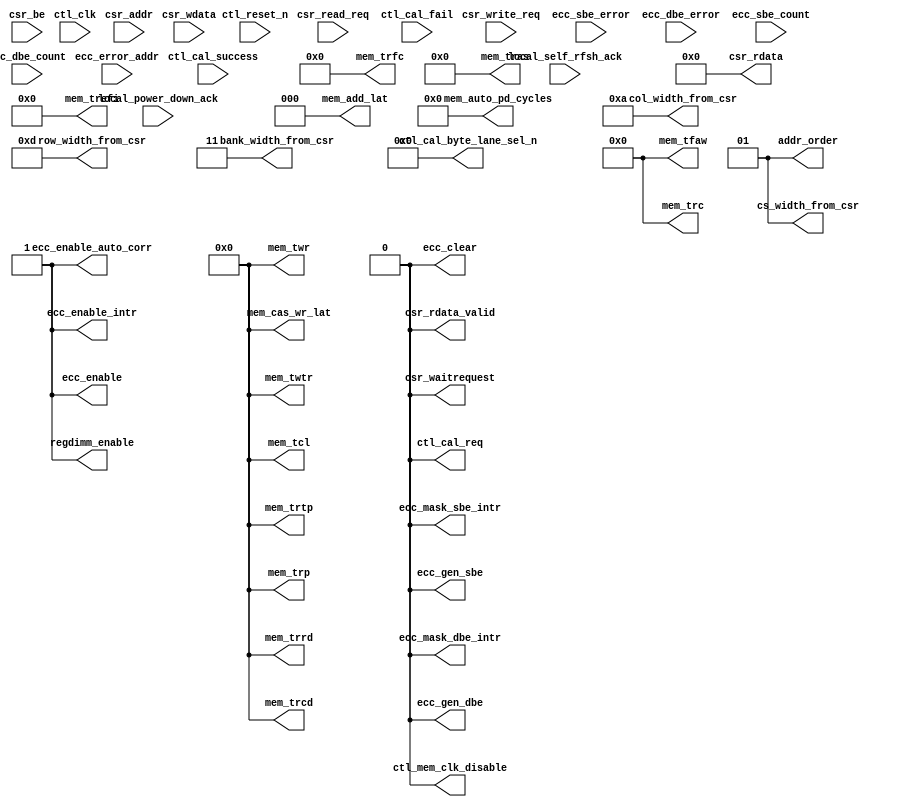
module alt_ddrx_csr #
    ( parameter
        DWIDTH_RATIO                = 2,
        CTL_CSR_ENABLED             = 0,
        CTL_ECC_CSR_ENABLED         = 0,
        CTL_CSR_READ_ONLY           = 0,
        CTL_ECC_CSR_READ_ONLY       = 0,
        CSR_ADDR_WIDTH              = 8,
        CSR_DATA_WIDTH              = 32,
        
        MEM_IF_CLK_PAIR_COUNT       = 1,
        MEM_IF_DQS_WIDTH            = 72,
        
        MEM_IF_CS_WIDTH             = 2,
        MEM_IF_CHIP_BITS            = 1,
        MEM_IF_ROW_WIDTH            = 13,      // max supported row bits
        MEM_IF_COL_WIDTH            = 10,      // max supported column bits
        MEM_IF_BA_WIDTH             = 3,       // max supported bank bits
        
        CTL_ECC_ENABLED             = 1,
        CTL_ECC_RMW_ENABLED         = 1,
        CTL_REGDIMM_ENABLED         = 0,
        
        // timing parameter width
        CAS_WR_LAT_BUS_WIDTH        = 4,       // max will be 8 in DDR3
        ADD_LAT_BUS_WIDTH           = 3,       // max will be 6 in DDR2
        TCL_BUS_WIDTH               = 4,       // max will be 11 in DDR3
        TRRD_BUS_WIDTH              = 4,       // 2 - 8
        TFAW_BUS_WIDTH              = 6,       // 6 - 32
        TRFC_BUS_WIDTH              = 8,       // 12 - 140?
        TREFI_BUS_WIDTH             = 13,      // 780 - 6240
        TRCD_BUS_WIDTH              = 4,       // 2 - 11
        TRP_BUS_WIDTH               = 4,       // 2 - 11
        TWR_BUS_WIDTH               = 4,       // 2 - 12
        TWTR_BUS_WIDTH              = 4,       // 1 - 10
        TRTP_BUS_WIDTH              = 4,       // 2 - 8
        TRAS_BUS_WIDTH              = 5,       // 4 - 29
        TRC_BUS_WIDTH               = 6,       // 8 - 40
        AUTO_PD_BUS_WIDTH           = 16,      // same as CSR interface
        
        // timing parameter
        MEM_CAS_WR_LAT              = 0,        // these timing parameter must be set properly for controller to work
        MEM_ADD_LAT                 = 0,        // these timing parameter must be set properly for controller to work
        MEM_TCL                     = 0,        // these timing parameter must be set properly for controller to work
        MEM_TRRD                    = 0,        // these timing parameter must be set properly for controller to work
        MEM_TFAW                    = 0,        // these timing parameter must be set properly for controller to work
        MEM_TRFC                    = 0,        // these timing parameter must be set properly for controller to work
        MEM_TREFI                   = 0,        // these timing parameter must be set properly for controller to work
        MEM_TRCD                    = 0,        // these timing parameter must be set properly for controller to work
        MEM_TRP                     = 0,        // these timing parameter must be set properly for controller to work
        MEM_TWR                     = 0,        // these timing parameter must be set properly for controller to work
        MEM_TWTR                    = 0,        // these timing parameter must be set properly for controller to work
        MEM_TRTP                    = 0,        // these timing parameter must be set properly for controller to work
        MEM_TRAS                    = 0,        // these timing parameter must be set properly for controller to work
        MEM_TRC                     = 0,        // these timing parameter must be set properly for controller to work
        MEM_AUTO_PD_CYCLES          = 0,        // these timing parameter must be set properly for controller to work
        
        // parameters used by input interface
        ADDR_ORDER                  = 1,        // normally we will use '1' for chip, bank, row, column arrangement
        MEM_IF_CSR_COL_WIDTH        = 4,
        MEM_IF_CSR_ROW_WIDTH        = 5,
        MEM_IF_CSR_BANK_WIDTH       = 2,
        MEM_IF_CSR_CS_WIDTH         = 2
    )
    (
        ctl_clk,
        ctl_reset_n,
        
        // csr interface (Avalon)
        csr_addr,
        csr_be,
        csr_write_req,
        csr_wdata,
        csr_read_req,
        csr_rdata,
        csr_rdata_valid,
        csr_waitrequest,
        
        // input from PHY
        ctl_cal_success,
        ctl_cal_fail,
        
        // input from state machine
        local_power_down_ack,
        local_self_rfsh_ack,
        
        // input from ecc
        ecc_sbe_error,
        ecc_dbe_error,
        ecc_sbe_count,
        ecc_dbe_count,
        ecc_error_addr,
        
        // output to PHY
        ctl_cal_req,
        ctl_mem_clk_disable,
        ctl_cal_byte_lane_sel_n,
        
        // output to timer
        mem_cas_wr_lat,
        mem_add_lat,
        mem_tcl,
        mem_trrd,
        mem_tfaw,
        mem_trfc,
        mem_trefi,
        mem_trcd,
        mem_trp,
        mem_twr,
        mem_twtr,
        mem_trtp,
        mem_tras,
        mem_trc,
        mem_auto_pd_cycles,
        
        // output to input interface
        addr_order,
        col_width_from_csr,
        row_width_from_csr,
        bank_width_from_csr,
        cs_width_from_csr,
        
        // output to ecc
        ecc_enable,
        ecc_enable_auto_corr,
        ecc_gen_sbe,
        ecc_gen_dbe,
        ecc_enable_intr,
        ecc_mask_sbe_intr,
        ecc_mask_dbe_intr,
        ecc_clear,

        // output to others
        regdimm_enable
    );

input ctl_clk;
input ctl_reset_n;

input csr_write_req;
input csr_read_req;
input [CSR_ADDR_WIDTH - 1       : 0] csr_addr;
input [CSR_DATA_WIDTH - 1       : 0] csr_wdata;
input [(CSR_DATA_WIDTH / 8) - 1 : 0] csr_be;

output csr_waitrequest;
output csr_rdata_valid;
output [CSR_DATA_WIDTH - 1 : 0] csr_rdata;

// input from AFI
input ctl_cal_success;
input ctl_cal_fail;

// input from state machine
input local_power_down_ack;
input local_self_rfsh_ack;

// input from ecc
input           ecc_sbe_error;
input           ecc_dbe_error;
input  [7  : 0] ecc_sbe_count;
input  [7  : 0] ecc_dbe_count;
input  [31 : 0] ecc_error_addr;

// output to PHY
output                                              ctl_cal_req;
output [MEM_IF_CLK_PAIR_COUNT              - 1 : 0] ctl_mem_clk_disable;
output [MEM_IF_DQS_WIDTH * MEM_IF_CS_WIDTH - 1 : 0] ctl_cal_byte_lane_sel_n;

// output to timer
output [CAS_WR_LAT_BUS_WIDTH - 1 : 0] mem_cas_wr_lat;
output [ADD_LAT_BUS_WIDTH    - 1 : 0] mem_add_lat;
output [TCL_BUS_WIDTH        - 1 : 0] mem_tcl;
output [TRRD_BUS_WIDTH       - 1 : 0] mem_trrd;
output [TFAW_BUS_WIDTH       - 1 : 0] mem_tfaw;
output [TRFC_BUS_WIDTH       - 1 : 0] mem_trfc;
output [TREFI_BUS_WIDTH      - 1 : 0] mem_trefi;
output [TRCD_BUS_WIDTH       - 1 : 0] mem_trcd;
output [TRP_BUS_WIDTH        - 1 : 0] mem_trp;
output [TWR_BUS_WIDTH        - 1 : 0] mem_twr;
output [TWTR_BUS_WIDTH       - 1 : 0] mem_twtr;
output [TRTP_BUS_WIDTH       - 1 : 0] mem_trtp;
output [TRAS_BUS_WIDTH       - 1 : 0] mem_tras;
output [TRC_BUS_WIDTH        - 1 : 0] mem_trc;
output [AUTO_PD_BUS_WIDTH    - 1 : 0] mem_auto_pd_cycles;

// output to input interface
output [1 : 0]                         addr_order;
output [MEM_IF_CSR_COL_WIDTH  - 1 : 0] col_width_from_csr;
output [MEM_IF_CSR_ROW_WIDTH  - 1 : 0] row_width_from_csr;
output [MEM_IF_CSR_BANK_WIDTH - 1 : 0] bank_width_from_csr;
output [MEM_IF_CSR_CS_WIDTH   - 1 : 0] cs_width_from_csr;

//output to ecc
output ecc_enable;
output ecc_enable_auto_corr;
output ecc_gen_sbe;
output ecc_gen_dbe;
output ecc_enable_intr;
output ecc_mask_sbe_intr;
output ecc_mask_dbe_intr;
output ecc_clear;

output regdimm_enable;

wire csr_waitrequest;
wire csr_rdata_valid;
wire [CSR_DATA_WIDTH - 1 : 0] csr_rdata;

reg int_write_req;
reg int_read_req;
reg int_rdata_valid;
reg [8              - 1       : 0] int_addr; // hard-coded to only 8 bits
reg [CSR_DATA_WIDTH - 1       : 0] int_wdata;
reg [CSR_DATA_WIDTH - 1       : 0] int_rdata;
reg [(CSR_DATA_WIDTH / 8) - 1 : 0] int_be;

reg int_mask_ecc_csr_write_req;

// output to PHY
wire                                              ctl_cal_req;
wire [MEM_IF_CLK_PAIR_COUNT              - 1 : 0] ctl_mem_clk_disable;
wire [MEM_IF_DQS_WIDTH * MEM_IF_CS_WIDTH - 1 : 0] ctl_cal_byte_lane_sel_n;

// output to timer
wire [CAS_WR_LAT_BUS_WIDTH - 1 : 0] mem_cas_wr_lat;
wire [ADD_LAT_BUS_WIDTH    - 1 : 0] mem_add_lat;
wire [TCL_BUS_WIDTH        - 1 : 0] mem_tcl;
wire [TRRD_BUS_WIDTH       - 1 : 0] mem_trrd;
wire [TFAW_BUS_WIDTH       - 1 : 0] mem_tfaw;
wire [TRFC_BUS_WIDTH       - 1 : 0] mem_trfc;
wire [TREFI_BUS_WIDTH      - 1 : 0] mem_trefi;
wire [TRCD_BUS_WIDTH       - 1 : 0] mem_trcd;
wire [TRP_BUS_WIDTH        - 1 : 0] mem_trp;
wire [TWR_BUS_WIDTH        - 1 : 0] mem_twr;
wire [TWTR_BUS_WIDTH       - 1 : 0] mem_twtr;
wire [TRTP_BUS_WIDTH       - 1 : 0] mem_trtp;
wire [TRAS_BUS_WIDTH       - 1 : 0] mem_tras;
wire [TRC_BUS_WIDTH        - 1 : 0] mem_trc;
wire [AUTO_PD_BUS_WIDTH    - 1 : 0] mem_auto_pd_cycles;

// output to input interface
wire [1 : 0]                         addr_order;
wire [MEM_IF_CSR_COL_WIDTH  - 1 : 0] col_width_from_csr;
wire [MEM_IF_CSR_ROW_WIDTH  - 1 : 0] row_width_from_csr;
wire [MEM_IF_CSR_BANK_WIDTH - 1 : 0] bank_width_from_csr;
wire [MEM_IF_CSR_CS_WIDTH   - 1 : 0] cs_width_from_csr;

//output to ecc
wire ecc_enable;
wire ecc_enable_auto_corr;
wire ecc_gen_sbe;
wire ecc_gen_dbe;
wire ecc_enable_intr;
wire ecc_mask_sbe_intr;
wire ecc_mask_dbe_intr;
wire ecc_clear;

// output to others
wire regdimm_enable;

// CSR read registers
reg [CSR_DATA_WIDTH - 1 : 0] read_csr_register_100;

reg [CSR_DATA_WIDTH - 1 : 0] read_csr_register_110;

reg [CSR_DATA_WIDTH - 1 : 0] read_csr_register_120;
reg [CSR_DATA_WIDTH - 1 : 0] read_csr_register_121;
reg [CSR_DATA_WIDTH - 1 : 0] read_csr_register_122;
reg [CSR_DATA_WIDTH - 1 : 0] read_csr_register_123;
reg [CSR_DATA_WIDTH - 1 : 0] read_csr_register_124;
reg [CSR_DATA_WIDTH - 1 : 0] read_csr_register_125;
reg [CSR_DATA_WIDTH - 1 : 0] read_csr_register_126;

reg [CSR_DATA_WIDTH - 1 : 0] read_csr_register_130;
reg [CSR_DATA_WIDTH - 1 : 0] read_csr_register_131;
reg [CSR_DATA_WIDTH - 1 : 0] read_csr_register_132;

/*------------------------------------------------------------------------------

   CSR Interface

------------------------------------------------------------------------------*/
// Assign waitrequest signal to '0'
assign csr_waitrequest = 1'b0;

generate
    if (!CTL_CSR_ENABLED && !CTL_ECC_CSR_ENABLED)
    begin
        // when both csr and ecc csr is disabled
        assign csr_rdata       = 0;
        assign csr_rdata_valid = 0;
    end
    else
    begin
        // register all inputs
        always @ (posedge ctl_clk or negedge ctl_reset_n)
        begin
            if (!ctl_reset_n)
            begin
                int_write_req <= 0;
                int_read_req  <= 0;
                int_addr      <= 0;
                int_wdata     <= 0;
                int_be        <= 0;
            end
            else
            begin
                int_addr  <= csr_addr [7 : 0]; // we only need the bottom 8 bits
                int_wdata <= csr_wdata;
                int_be    <= csr_be;
                
                if (csr_write_req)
                    int_write_req <= 1'b1;
                else
                    int_write_req <= 1'b0;
                
                if (csr_read_req)
                    int_read_req <= 1'b1;
                else
                    int_read_req <= 1'b0;
            end
        end
        
        // Write request mask
        always @ (posedge ctl_clk or negedge ctl_reset_n)
        begin
            if (!ctl_reset_n)
            begin
                int_mask_ecc_csr_write_req <= 1'b0;
            end
            else
            begin
                if (CTL_ECC_CSR_READ_ONLY)
                begin
                    int_mask_ecc_csr_write_req <= 1'b1;
                end
                else
                begin
                    int_mask_ecc_csr_write_req <= 1'b0;
                end
            end
        end
        
        /*------------------------------------------------------------------------------
        
           Read Interface
        
        ------------------------------------------------------------------------------*/
        assign csr_rdata       = int_rdata;
        assign csr_rdata_valid = int_rdata_valid;
        
        always @ (posedge ctl_clk or negedge ctl_reset_n)
        begin
            if (!ctl_reset_n)
            begin
                int_rdata       <= 0;
                int_rdata_valid <= 0;
            end
            else
            begin
                if (int_read_req)
                begin
                    if (int_addr == 8'h00)
                        int_rdata <= read_csr_register_100;
                    else if (int_addr == 8'h10)
                        int_rdata <= read_csr_register_110;
                    else if (int_addr == 8'h20)
                        int_rdata <= read_csr_register_120;
                    else if (int_addr == 8'h21)
                        int_rdata <= read_csr_register_121;
                    else if (int_addr == 8'h22)
                        int_rdata <= read_csr_register_122;
                    else if (int_addr == 8'h23)
                        int_rdata <= read_csr_register_123;
                    else if (int_addr == 8'h24)
                        int_rdata <= read_csr_register_124;
                    else if (int_addr == 8'h25)
                        int_rdata <= read_csr_register_125;
                    else if (int_addr == 8'h26)
                        int_rdata <= read_csr_register_126;
                    else if (int_addr == 8'h30)
                        int_rdata <= read_csr_register_130;
                    else if (int_addr == 8'h31)
                        int_rdata <= read_csr_register_131;
                    else if (int_addr == 8'h32)
                        int_rdata <= read_csr_register_132;
                end
                
                if (int_read_req)
                    int_rdata_valid <= 1'b1;
                else
                    int_rdata_valid <= 1'b0;
            end
        end
    end
endgenerate

/*------------------------------------------------------------------------------

   CSR Registers

------------------------------------------------------------------------------*/
generate
    genvar i;
    if (!CTL_CSR_ENABLED) // when csr is disabled
    begin
        // assigning values to the top
        assign mem_cas_wr_lat          = MEM_CAS_WR_LAT;
        assign mem_add_lat             = MEM_ADD_LAT;
        assign mem_tcl                 = MEM_TCL;
        assign mem_trrd                = MEM_TRRD;
        assign mem_tfaw                = MEM_TFAW;
        assign mem_trfc                = MEM_TRFC;
        assign mem_trefi               = MEM_TREFI;
        assign mem_trcd                = MEM_TRCD;
        assign mem_trp                 = MEM_TRP;
        assign mem_twr                 = MEM_TWR;
        assign mem_twtr                = MEM_TWTR;
        assign mem_trtp                = MEM_TRTP;
        assign mem_tras                = MEM_TRAS;
        assign mem_trc                 = MEM_TRC;
        assign mem_auto_pd_cycles      = MEM_AUTO_PD_CYCLES;
        
        assign addr_order              = ADDR_ORDER;
        assign cs_width_from_csr       = MEM_IF_CS_WIDTH > 1 ? MEM_IF_CHIP_BITS : 0;
        assign bank_width_from_csr     = MEM_IF_BA_WIDTH;
        assign row_width_from_csr      = MEM_IF_ROW_WIDTH;
        assign col_width_from_csr      = MEM_IF_COL_WIDTH;
        
        assign ctl_cal_req             = 0;
        assign ctl_mem_clk_disable     = 0;
        assign ctl_cal_byte_lane_sel_n = 0;
        
        assign regdimm_enable          = 1'b1; // udimm or rdimm determined by parameter CTL_REGDIMM_ENABLED
        
        always @ (*)
        begin
            read_csr_register_100 = 0;
            read_csr_register_110 = 0;
            read_csr_register_120 = 0;
            read_csr_register_121 = 0;
            read_csr_register_122 = 0;
            read_csr_register_123 = 0;
            read_csr_register_124 = 0;
            read_csr_register_125 = 0;
            read_csr_register_126 = 0;
        end
    end
    else
    begin
        /*------------------------------------------------------------------------------
        
           0x100 ALTMEPHY Status and Control Register
        
        ------------------------------------------------------------------------------*/
        reg         csr_cal_success;
        reg         csr_cal_fail;
        reg         csr_cal_req;
        reg [5 : 0] csr_clock_off;
        
        // assign value back to top
        assign ctl_cal_req         = csr_cal_req;
        assign ctl_mem_clk_disable = csr_clock_off [MEM_IF_CLK_PAIR_COUNT - 1 : 0];
        
        // register arrays to store CSR informations
        always @ (posedge ctl_clk or negedge ctl_reset_n)
        begin
            if (!ctl_reset_n)
            begin
                csr_cal_req     <= 0;
                csr_clock_off   <= 0;
            end
            else
            begin
                // write request
                if (int_write_req && int_addr == 8'h00)
                begin
                    if (int_be [0])
                    begin
                        csr_cal_req   <= int_wdata [2]     ;
                    end
                    
                    if (int_be [1])
                    begin
                        csr_clock_off <= int_wdata [13 : 8];
                    end
                end
            end
        end
        
        // read only registers
        always @ (posedge ctl_clk or negedge ctl_reset_n)
        begin
            if (!ctl_reset_n)
            begin
                csr_cal_success <= 0;
                csr_cal_fail    <= 0;
            end
            else
            begin
                csr_cal_success <= ctl_cal_success;
                csr_cal_fail    <= ctl_cal_fail;
            end
        end
        
        // assigning read datas back to 32 bit bus
        always @ (*)
        begin
            // first, set all to zeros
            read_csr_register_100 = 0;
            
            // then we set individual bits
            read_csr_register_100 [0]      = csr_cal_success;
            read_csr_register_100 [1]      = csr_cal_fail;
            read_csr_register_100 [2]      = csr_cal_req;
            read_csr_register_100 [13 : 8] = csr_clock_off;
        end
        
        /*------------------------------------------------------------------------------
        
           0x110 Controller Status and Control Register
        
        ------------------------------------------------------------------------------*/
        reg [15 : 0] csr_auto_pd_cycles;
        reg          csr_auto_pd_ack;
        reg          csr_self_rfsh;    // yyong: remember to handle this
        reg          csr_self_rfsh_ack;
        reg          csr_ganged_arf;   // yyong: remember to handle this
        reg [1  : 0] csr_addr_order;
        reg          csr_reg_dimm;     // yyong: remember to handle this
        
        reg int_mask_csr_write_req;
        
        // assign value back to top
        assign mem_auto_pd_cycles = csr_auto_pd_cycles;
        assign addr_order         = csr_addr_order;
        assign regdimm_enable     = csr_reg_dimm;
        
        // Write request mask
        always @ (posedge ctl_clk or negedge ctl_reset_n)
        begin
            if (!ctl_reset_n)
            begin
                int_mask_csr_write_req     <= 1'b0;
            end
            else
            begin
                if (CTL_CSR_READ_ONLY)
                begin
                    int_mask_csr_write_req <= 1'b1;
                end
                else
                begin
                    int_mask_csr_write_req <= 1'b0;
                end
            end
        end
        
        // register arrays to store CSR informations
        always @ (posedge ctl_clk or negedge ctl_reset_n)
        begin
            if (!ctl_reset_n)
            begin
                csr_auto_pd_cycles <= MEM_AUTO_PD_CYCLES;  // reset to default value
                csr_self_rfsh      <= 0;
                csr_ganged_arf     <= 0;
                csr_addr_order     <= ADDR_ORDER;          // reset to default value
                csr_reg_dimm       <= CTL_REGDIMM_ENABLED; // reset to default value
            end
            else
            begin
                // write request
                if (!int_mask_csr_write_req && int_write_req && int_addr == 8'h10)
                begin
                    if (int_be [0])
                    begin
                        csr_auto_pd_cycles [ 7 :  0] <= int_wdata [ 7 :  0];
                    end
                    
                    if (int_be [1])
                    begin
                        csr_auto_pd_cycles [15 :  8] <= int_wdata [15 :  8];
                    end
                    
                    if (int_be [2])
                    begin
                        csr_self_rfsh      <= int_wdata [17]     ;
                        csr_ganged_arf     <= int_wdata [19]     ;
                        csr_addr_order     <= int_wdata [21 : 20];
                        csr_reg_dimm       <= int_wdata [22]     ;
                    end
                end
            end
        end
        
        // read only registers
        always @ (posedge ctl_clk or negedge ctl_reset_n)
        begin
            if (!ctl_reset_n)
            begin
                csr_auto_pd_ack   <= 0;
                csr_self_rfsh_ack <= 0;
            end
            else
            begin
                csr_auto_pd_ack   <= local_power_down_ack;
                csr_self_rfsh_ack <= local_self_rfsh_ack;
            end
        end
        
        // assigning read datas back to 32 bit bus
        always @ (*)
        begin
            // first, set all to zeros
            read_csr_register_110 = 0;
            
            // then we set individual bits
            read_csr_register_110 [15 : 0 ] = csr_auto_pd_cycles;
            read_csr_register_110 [16]      = csr_auto_pd_ack;
            read_csr_register_110 [17]      = csr_self_rfsh;
            read_csr_register_110 [18]      = csr_self_rfsh_ack;
            read_csr_register_110 [19]      = csr_ganged_arf;
            read_csr_register_110 [21 : 20] = csr_addr_order;
            read_csr_register_110 [22]      = csr_reg_dimm;
        end
        
        /*------------------------------------------------------------------------------
        
           0x120 Memory Address Sizes 0
        
        ------------------------------------------------------------------------------*/
        reg [7 : 0] csr_col_width;
        reg [7 : 0] csr_row_width;
        reg [3 : 0] csr_bank_width;
        reg [3 : 0] csr_chip_width;
        
        // assign value back to top
        assign cs_width_from_csr    = csr_chip_width [MEM_IF_CSR_CS_WIDTH   - 1 : 0];
        assign bank_width_from_csr  = csr_bank_width [MEM_IF_CSR_BANK_WIDTH - 1 : 0];
        assign row_width_from_csr   = csr_row_width  [MEM_IF_CSR_ROW_WIDTH  - 1 : 0];
        assign col_width_from_csr   = csr_col_width  [MEM_IF_CSR_COL_WIDTH  - 1 : 0];
        
        // register arrays to store CSR informations
        always @ (posedge ctl_clk or negedge ctl_reset_n)
        begin
            if (!ctl_reset_n)
            begin
                csr_col_width  <= MEM_IF_COL_WIDTH;                           // reset to default value
                csr_row_width  <= MEM_IF_ROW_WIDTH;                           // reset to default value
                csr_bank_width <= MEM_IF_BA_WIDTH;                            // reset to default value
                csr_chip_width <= MEM_IF_CS_WIDTH > 1 ? MEM_IF_CHIP_BITS : 0; // reset to default value
            end
            else
            begin
                // write request
                if (!int_mask_csr_write_req && int_write_req && int_addr == 8'h20)
                begin
                    if (int_be [0])
                    begin
                        if (int_wdata [7 : 0] <= MEM_IF_COL_WIDTH)
                        begin
                            csr_col_width  <= int_wdata [7  : 0 ];
                        end
                    end
                    
                    if (int_be [1])
                    begin
                        if (int_wdata [15 : 8] <= MEM_IF_ROW_WIDTH)
                        begin
                            csr_row_width  <= int_wdata [15 : 8 ];
                        end
                    end
                    
                    if (int_be [2])
                    begin
                        if (int_wdata [19 : 16] <= MEM_IF_BA_WIDTH)
                        begin
                            csr_bank_width <= int_wdata [19 : 16];
                        end
                        
                        if (int_wdata [23 : 20] <= (MEM_IF_CS_WIDTH > 1 ? MEM_IF_CHIP_BITS : 0))
                        begin
                            csr_chip_width <= int_wdata [23 : 20];
                        end
                    end
                end
            end
        end
        
        // assigning read datas back to 32 bit bus
        always @ (*)
        begin
            // first, set all to zeros
            read_csr_register_120 = 0;
            
            // then we set individual bits
            read_csr_register_120 [7  : 0 ] = csr_col_width;
            read_csr_register_120 [15 : 8 ] = csr_row_width;
            read_csr_register_120 [19 : 16] = csr_bank_width;
            read_csr_register_120 [23 : 20] = csr_chip_width;
        end
        
        /*------------------------------------------------------------------------------
        
           0x121 Memory Address Sizes 1
        
        ------------------------------------------------------------------------------*/
        reg [31 : 0] csr_data_binary_representation;
        reg [7 : 0] csr_chip_binary_representation;
        
        reg [MEM_IF_DQS_WIDTH * MEM_IF_CS_WIDTH - 1 : 0] cal_byte_lane;
        
        // assign value back to top
        assign ctl_cal_byte_lane_sel_n = ~cal_byte_lane;
        
        // determine cal_byte_lane base on csr data
        for (i = 0;i < MEM_IF_CS_WIDTH;i = i + 1)
        begin : ctl_cal_byte_lane_per_chip
            always @ (posedge ctl_clk or negedge ctl_reset_n)
            begin
                if (!ctl_reset_n)
                    cal_byte_lane [(i + 1) * MEM_IF_DQS_WIDTH - 1 : i * MEM_IF_DQS_WIDTH] <= {MEM_IF_DQS_WIDTH{1'b1}}; // setting to all ones
                else
                begin
                    if (csr_chip_binary_representation[i])
                        cal_byte_lane [(i + 1) * MEM_IF_DQS_WIDTH - 1 : i * MEM_IF_DQS_WIDTH] <= csr_data_binary_representation [MEM_IF_DQS_WIDTH - 1 : 0];
                    else
                        cal_byte_lane [(i + 1) * MEM_IF_DQS_WIDTH - 1 : i * MEM_IF_DQS_WIDTH] <= 0;
                end
            end
        end
        
        // register arrays to store CSR informations
        always @ (posedge ctl_clk or negedge ctl_reset_n)
        begin
            if (!ctl_reset_n)
            begin
                csr_data_binary_representation <= {MEM_IF_DQS_WIDTH{1'b1}};
            end
            else
            begin
                // write request
                if (!int_mask_csr_write_req && int_write_req && int_addr == 8'h21)
                begin
                    if (int_be [0])
                    begin
                        csr_data_binary_representation [ 7 :  0] <= int_wdata [ 7 :  0];
                    end
                    
                    if (int_be [1])
                    begin
                        csr_data_binary_representation [15 :  8] <= int_wdata [15 :  8];
                    end
                    
                    if (int_be [2])
                    begin
                        csr_data_binary_representation [23 : 16] <= int_wdata [23 : 16];
                    end
                    
                    if (int_be [3])
                    begin
                        csr_data_binary_representation [31 : 24] <= int_wdata [31 : 24];
                    end
                end
            end
        end
        
        // assigning read datas back to 32 bit bus
        always @ (*)
        begin
            // first, set all to zeros
            read_csr_register_121 = 0;
            
            // then we set individual bits
            read_csr_register_121 [31 : 0 ] = csr_data_binary_representation;
        end
        
        /*------------------------------------------------------------------------------
        
           0x122 Memory Address Sizes 2
        
        ------------------------------------------------------------------------------*/
        // register arrays to store CSR informations
        always @ (posedge ctl_clk or negedge ctl_reset_n)
        begin
            if (!ctl_reset_n)
            begin
                csr_chip_binary_representation <= {MEM_IF_CS_WIDTH{1'b1}};
            end
            else
            begin
                // write request
                if (!int_mask_csr_write_req && int_write_req && int_addr == 8'h22)
                begin
                    if (int_be [0])
                    begin
                        csr_chip_binary_representation [ 7 :  0] <= int_wdata [7  : 0 ];
                    end
                end
            end
        end
        
        // assigning read datas back to 32 bit bus
        always @ (*)
        begin
            // first, set all to zeros
            read_csr_register_122 = 0;
            
            // then we set individual bits
            read_csr_register_122 [7  : 0 ] = csr_chip_binary_representation;
        end
        
        /*------------------------------------------------------------------------------
        
           0x123 Memory Timing Parameters Registers 0
        
        ------------------------------------------------------------------------------*/
        reg [3 : 0] csr_trcd;
        reg [3 : 0] csr_trrd;
        reg [3 : 0] csr_trp;
        reg [3 : 0] csr_tmrd; // yyong: might remove this
        reg [7 : 0] csr_tras;
        reg [7 : 0] csr_trc;
        
        // assign value back to top
        assign mem_trcd = csr_trcd [TRCD_BUS_WIDTH - 1 : 0];
        assign mem_trrd = csr_trrd [TRRD_BUS_WIDTH - 1 : 0];
        assign mem_trp  = csr_trp  [TRP_BUS_WIDTH  - 1 : 0];
        assign mem_tras = csr_tras [TRAS_BUS_WIDTH - 1 : 0];
        assign mem_trc  = csr_trc  [TRC_BUS_WIDTH  - 1 : 0];
        
        // register arrays to store CSR informations
        always @ (posedge ctl_clk or negedge ctl_reset_n)
        begin
            if (!ctl_reset_n)
            begin
                csr_trcd <= MEM_TRCD; // reset to default value
                csr_trrd <= MEM_TRRD; // reset to default value
                csr_trp  <= MEM_TRP;  // reset to default value
                csr_tmrd <= 0;        // yyong: might remove this
                csr_tras <= MEM_TRAS; // reset to default value
                csr_trc  <= MEM_TRC;  // reset to default value
            end
            else
            begin
                // write request
                if (!int_mask_csr_write_req && int_write_req && int_addr == 8'h23)
                begin
                    if (int_be [0])
                    begin
                        csr_trcd <= int_wdata [3  : 0 ];
                        csr_trrd <= int_wdata [7  : 4 ];
                    end
                    
                    if (int_be [1])
                    begin
                        csr_trp  <= int_wdata [11 : 8 ];
                        csr_tmrd <= int_wdata [15 : 12];
                    end
                    
                    if (int_be [2])
                    begin
                        csr_tras <= int_wdata [23 : 16];
                    end
                    
                    if (int_be [3])
                    begin
                        csr_trc  <= int_wdata [31 : 24];
                    end
                end
            end
        end
        
        // assigning read datas back to 32 bit bus
        always @ (*)
        begin
            // first, set all to zeros
            read_csr_register_123 = 0;
            
            // then we set individual bits
            read_csr_register_123 [3  : 0 ] = csr_trcd;
            read_csr_register_123 [7  : 4 ] = csr_trrd;
            read_csr_register_123 [11 : 8 ] = csr_trp;
            read_csr_register_123 [15 : 12] = csr_tmrd;
            read_csr_register_123 [23 : 16] = csr_tras;
            read_csr_register_123 [31 : 24] = csr_trc;
        end
        
        /*------------------------------------------------------------------------------
        
           0x124 Memory Timing Parameters Registers 1
        
        ------------------------------------------------------------------------------*/
        reg [3 : 0] csr_twtr;
        reg [3 : 0] csr_trtp;
        reg [7 : 0] csr_tfaw;
        
        // assign value back to top
        assign mem_twtr = csr_twtr [TWTR_BUS_WIDTH - 1 : 0];
        assign mem_trtp = csr_trtp [TRTP_BUS_WIDTH - 1 : 0];
        assign mem_tfaw = csr_tfaw [TFAW_BUS_WIDTH - 1 : 0];
        
        // register arrays to store CSR informations
        always @ (posedge ctl_clk or negedge ctl_reset_n)
        begin
            if (!ctl_reset_n)
            begin
                csr_twtr <= MEM_TWTR;
                csr_trtp <= MEM_TRTP;
                csr_tfaw <= MEM_TFAW;
            end
            else
            begin
                // write request
                if (!int_mask_csr_write_req && int_write_req && int_addr == 8'h24)
                begin
                    if (int_be [0])
                    begin
                        csr_twtr <= int_wdata [3  : 0 ];
                        csr_trtp <= int_wdata [7  : 4 ];
                    end
                    
                    if (int_be [1])
                    begin
                        csr_tfaw <= int_wdata [15 : 8 ];
                    end
                end
            end
        end
        
        // assigning read datas back to 32 bit bus
        always @ (*)
        begin
            // first, set all to zeros
            read_csr_register_124 = 0;
            
            // then we set individual bits
            read_csr_register_124 [3  : 0 ] = csr_twtr;
            read_csr_register_124 [7  : 4 ] = csr_trtp;
            read_csr_register_124 [15 : 8 ] = csr_tfaw;
        end
        
        /*------------------------------------------------------------------------------
        
           0x125 Memory Timing Parameters Registers 2
        
        ------------------------------------------------------------------------------*/
        reg [15 : 0] csr_trefi;
        reg [7  : 0] csr_trfc;
        
        // assign value back to top
        assign mem_trefi = csr_trefi [TREFI_BUS_WIDTH - 1 : 0];
        assign mem_trfc  = csr_trfc  [TRFC_BUS_WIDTH  - 1 : 0];
        
        // register arrays to store CSR informations
        always @ (posedge ctl_clk or negedge ctl_reset_n)
        begin
            if (!ctl_reset_n)
            begin
                csr_trefi <= MEM_TREFI;
                csr_trfc  <= MEM_TRFC;
            end
            else
            begin
                // write request
                if (!int_mask_csr_write_req && int_write_req && int_addr == 8'h25)
                begin
                    if (int_be [0])
                    begin
                        csr_trefi [ 7 :  0] <= int_wdata [ 7 :  0];
                    end
                    
                    if (int_be [1])
                    begin
                        csr_trefi [15 :  8] <= int_wdata [15 :  8];
                    end
                    
                    if (int_be [2])
                    begin
                        csr_trfc  <= int_wdata [23 : 16];
                    end
                end
            end
        end
        
        // assigning read datas back to 32 bit bus
        always @ (*)
        begin
            // first, set all to zeros
            read_csr_register_125 = 0;
            
            // then we set individual bits
            read_csr_register_125 [15 : 0 ] = csr_trefi;
            read_csr_register_125 [23 : 16] = csr_trfc;
        end
        
        /*------------------------------------------------------------------------------
        
           0x126 Memory Timing Parameters Registers 3
        
        ------------------------------------------------------------------------------*/
        reg [3 : 0] csr_tcl;
        reg [3 : 0] csr_al;
        reg [3 : 0] csr_cwl;
        reg [3 : 0] csr_twr;
        
        // assign value back to top
        assign mem_tcl        = csr_tcl [TCL_BUS_WIDTH        - 1 : 0];
        assign mem_add_lat    = csr_al  [ADD_LAT_BUS_WIDTH    - 1 : 0];
        assign mem_cas_wr_lat = csr_cwl [CAS_WR_LAT_BUS_WIDTH - 1 : 0];
        assign mem_twr        = csr_twr [TWR_BUS_WIDTH        - 1 : 0];
        
        // register arrays to store CSR informations
        always @ (posedge ctl_clk or negedge ctl_reset_n)
        begin
            if (!ctl_reset_n)
            begin
                csr_tcl <= MEM_TCL;
                csr_al  <= MEM_ADD_LAT;
                csr_cwl <= MEM_CAS_WR_LAT;
                csr_twr <= MEM_TWR;
            end
            else
            begin
                // write request
                if (!int_mask_csr_write_req && int_write_req && int_addr == 8'h26)
                begin
                    if (int_be [0])
                    begin
                        csr_tcl <= int_wdata [3  : 0 ];
                        csr_al  <= int_wdata [7  : 4 ];
                    end
                    
                    if (int_be [1])
                    begin
                        csr_cwl <= int_wdata [11 : 8 ];
                        csr_twr <= int_wdata [15 : 12];
                    end
                end
            end
        end
        
        // assigning read datas back to 32 bit bus
        always @ (*)
        begin
            // first, set all to zeros
            read_csr_register_126 = 0;
            
            // then we set individual bits
            read_csr_register_126 [3  : 0 ] = csr_tcl;
            read_csr_register_126 [7  : 4 ] = csr_al;
            read_csr_register_126 [11 : 8 ] = csr_cwl;
            read_csr_register_126 [15 : 12] = csr_twr;
        end
    end
    
    if (!CTL_ECC_CSR_ENABLED)
    begin
        assign ecc_enable              = 1'b1; // default value
        assign ecc_enable_auto_corr    = 1'b1; // default value
        assign ecc_gen_sbe             = 0;
        assign ecc_gen_dbe             = 0;
        assign ecc_enable_intr         = 1'b1; // default value
        assign ecc_mask_sbe_intr       = 0;
        assign ecc_mask_dbe_intr       = 0;
        assign ecc_clear               = 0;
    end
    else
    begin
        /*------------------------------------------------------------------------------
        
           0x130 ECC Control Register
        
        ------------------------------------------------------------------------------*/
        reg csr_enable_ecc;
        reg csr_enable_auto_corr;
        reg csr_gen_sbe;
        reg csr_gen_dbe;
        reg csr_enable_intr;
        reg csr_mask_sbe_intr;
        reg csr_mask_dbe_intr;
        reg csr_ecc_clear;
        
        // assign value back to top
        assign ecc_enable           = csr_enable_ecc;
        assign ecc_enable_auto_corr = csr_enable_auto_corr;
        assign ecc_gen_sbe          = csr_gen_sbe;
        assign ecc_gen_dbe          = csr_gen_dbe;
        assign ecc_enable_intr      = csr_enable_intr;
        assign ecc_mask_sbe_intr    = csr_mask_sbe_intr;
        assign ecc_mask_dbe_intr    = csr_mask_dbe_intr;
        assign ecc_clear            = csr_ecc_clear;
        
        // register arrays to store CSR informations
        always @ (posedge ctl_clk or negedge ctl_reset_n)
        begin
            if (!ctl_reset_n)
            begin
                csr_enable_ecc       <= CTL_ECC_ENABLED;
                csr_enable_auto_corr <= CTL_ECC_RMW_ENABLED;
                csr_gen_sbe          <= 0;
                csr_gen_dbe          <= 0;
                csr_enable_intr      <= 1'b1;
                csr_mask_sbe_intr    <= 0;
                csr_mask_dbe_intr    <= 0;
                csr_ecc_clear        <= 0;
            end
            else
            begin
                // write request
                if (!int_mask_ecc_csr_write_req && int_write_req && int_addr == 8'h30)
                begin
                    if (int_be [0])
                    begin
                        csr_enable_ecc       <= int_wdata [0];
                        csr_enable_auto_corr <= int_wdata [1];
                        csr_gen_sbe          <= int_wdata [2];
                        csr_gen_dbe          <= int_wdata [3];
                        csr_enable_intr      <= int_wdata [4];
                        csr_mask_sbe_intr    <= int_wdata [5];
                        csr_mask_dbe_intr    <= int_wdata [6];
                        csr_ecc_clear        <= int_wdata [7];
                    end
                end
                
                // set csr_clear to zero after one clock cycle
                if (csr_ecc_clear)
                    csr_ecc_clear     <= 1'b0;
            end
        end
        
        // assigning read datas back to 32 bit bus
        always @ (*)
        begin
            // first, set all to zeros
            read_csr_register_130 = 0;
            
            // then we set individual bits
            read_csr_register_130 [0] = csr_enable_ecc;
            read_csr_register_130 [1] = csr_enable_auto_corr;
            read_csr_register_130 [2] = csr_gen_sbe;
            read_csr_register_130 [3] = csr_gen_dbe;
            read_csr_register_130 [4] = csr_enable_intr;
            read_csr_register_130 [5] = csr_mask_sbe_intr;
            read_csr_register_130 [6] = csr_mask_dbe_intr;
            read_csr_register_130 [7] = csr_ecc_clear;
        end
        
        /*------------------------------------------------------------------------------
        
           0x131 ECC Status Register (Read Only)
        
        ------------------------------------------------------------------------------*/
        reg         csr_sbe_error;
        reg         csr_dbe_error;
        reg [7 : 0] csr_sbe_count;
        reg [7 : 0] csr_dbe_count;
        
        // register arrays to store CSR informations
        always @ (posedge ctl_clk or negedge ctl_reset_n)
        begin
            if (!ctl_reset_n)
            begin
                csr_sbe_error <= 0;
                csr_dbe_error <= 0;
                csr_sbe_count <= 0;
                csr_dbe_count <= 0;
            end
            else
            begin
                // all registers are read only registers
                if (csr_ecc_clear)
                begin
                    csr_sbe_error <= 0;
                    csr_dbe_error <= 0;
                    csr_sbe_count <= 0;
                    csr_dbe_count <= 0;
                end
                else
                begin
                    csr_sbe_error <= ecc_sbe_error;
                    csr_dbe_error <= ecc_dbe_error;
                    csr_sbe_count <= ecc_sbe_count;
                    csr_dbe_count <= ecc_dbe_count;
                end
            end
        end
        
        // assigning read datas back to 32 bit bus
        always @ (*)
        begin
            // first, set all to zeros
            read_csr_register_131 = 0;
            
            // then we set individual bits
            read_csr_register_131 [0      ] = csr_sbe_error;
            read_csr_register_131 [1      ] = csr_dbe_error;
            read_csr_register_131 [15 : 8 ] = csr_sbe_count;
            read_csr_register_131 [23 : 16] = csr_dbe_count;
        end
        
        /*------------------------------------------------------------------------------
        
           0x132 ECC Error Address Register (Read Only)
        
        ------------------------------------------------------------------------------*/
        reg [31 : 0] csr_error_addr;
        
        // register arrays to store CSR informations
        always @ (posedge ctl_clk or negedge ctl_reset_n)
        begin
            if (!ctl_reset_n)
            begin
                csr_error_addr <= 0;
            end
            else
            begin
                // all registers are read only registers
                if (csr_ecc_clear)
                    csr_error_addr <= 0;
                else
                    csr_error_addr <= ecc_error_addr;
            end
        end
        
        // assigning read datas back to 32 bit bus
        always @ (*)
        begin
            // then we set individual bits
            read_csr_register_132 = csr_error_addr;
        end
    end
endgenerate
























endmodule